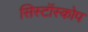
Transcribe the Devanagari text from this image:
सिस्टॉस्कोप